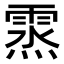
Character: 𩃯